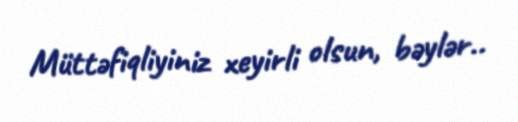
Müttəfiqliyiniz xeyirli olsun, bəylər..